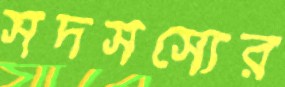
সদসস্যের